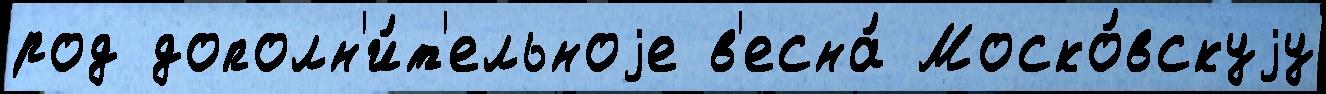
род дополн'и́т'ельноjе в'есна́ Моско́вскуjу